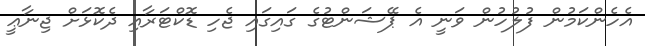
އެހެންކަމުން ފުލުހުން ވަނީ އެ ޕޭޝަންޓުގެ ގައިގައި ޖެހި ޑޮކްޓަރާއި ދެކޮޅަށް ޖިނާޢީ